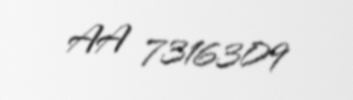
AA 7316309